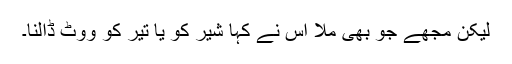
لیکن مجھے جو بھی ملا اس نے کہا شیر کو یا تیر کو ووٹ ڈالنا۔